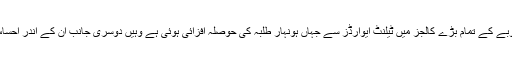
کوئٹہ، سبی، لورالائی، ژوب سمیت صوبے کے تمام بڑے کالجز میں ٹیلنٹ ایوارڈز سے جہاں ہونہار طلبہ کی حوصلہ افزائی ہوئی ہے وہیں دوسری جانب ان کے اندر احساس محرومی کم کرنے میں مدد ملی ہے۔